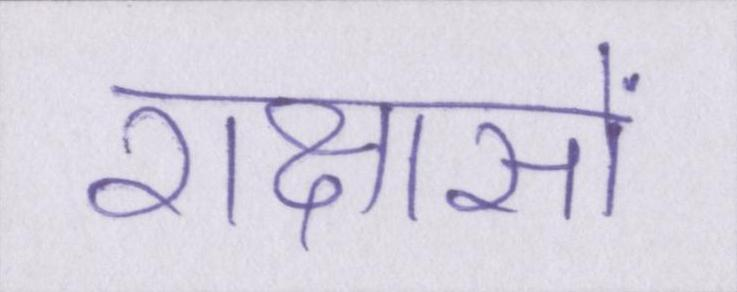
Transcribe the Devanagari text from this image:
राक्षसों